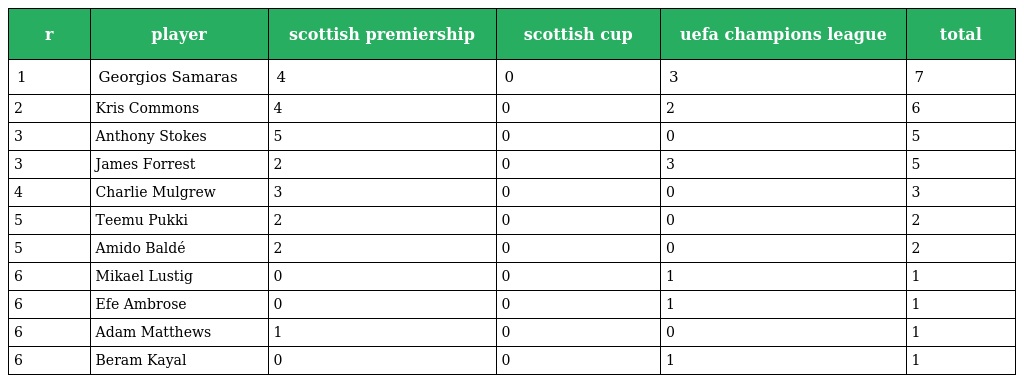
| r | player | scottish premiership | scottish cup | uefa champions league | total |
 | --- | --- | --- | --- | --- | --- |
 | 1 | Georgios Samaras | 4 | 0 | 3 | 7 |
 | 2 | Kris Commons | 4 | 0 | 2 | 6 |
 | 3 | Anthony Stokes | 5 | 0 | 0 | 5 |
 | 3 | James Forrest | 2 | 0 | 3 | 5 |
 | 4 | Charlie Mulgrew | 3 | 0 | 0 | 3 |
 | 5 | Teemu Pukki | 2 | 0 | 0 | 2 |
 | 5 | Amido Baldé | 2 | 0 | 0 | 2 |
 | 6 | Mikael Lustig | 0 | 0 | 1 | 1 |
 | 6 | Efe Ambrose | 0 | 0 | 1 | 1 |
 | 6 | Adam Matthews | 1 | 0 | 0 | 1 |
 | 6 | Beram Kayal | 0 | 0 | 1 | 1 |